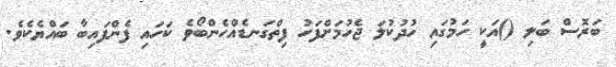
ބަރޮސް ބަލި ()އަކީ ހަމުގައި ހުދުކުލަ ޖެހުމަށްފަހު ފިތްގަނޑެއްހެންބޯވެ ކަހައި ފެންފައިބާ ބައްޔެކެވެ.